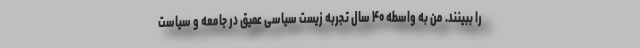
را ببینند. من به واسطه ۴۰ سال تجربه زیست سیاسی عمیق در جامعه و سیاست